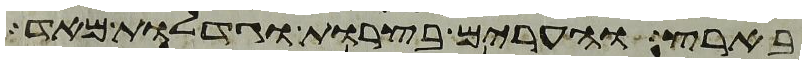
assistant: בארץ והערים בצרות וגדלות מאד